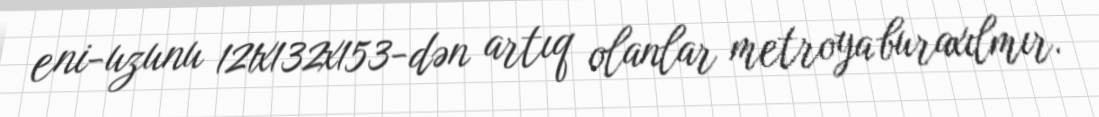
eni-uzunu 121x132x153-dən artıq olanlar metroya buraxılmır.